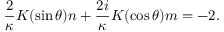
\frac { 2 } { \kappa } K ( \sin \theta ) n + \frac { 2 i } { \kappa } K ( \cos \theta ) m = - 2 .